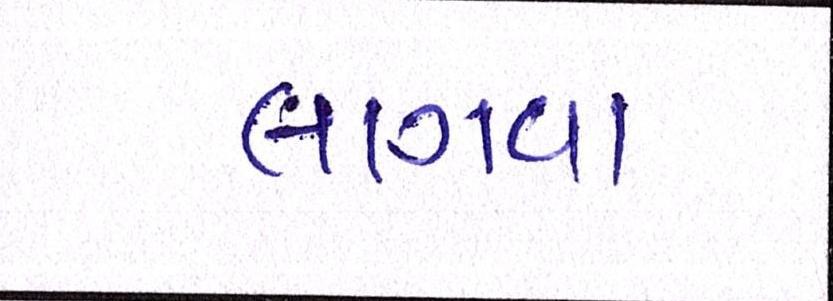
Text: લાગવા